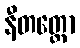
နီတတ္ထော